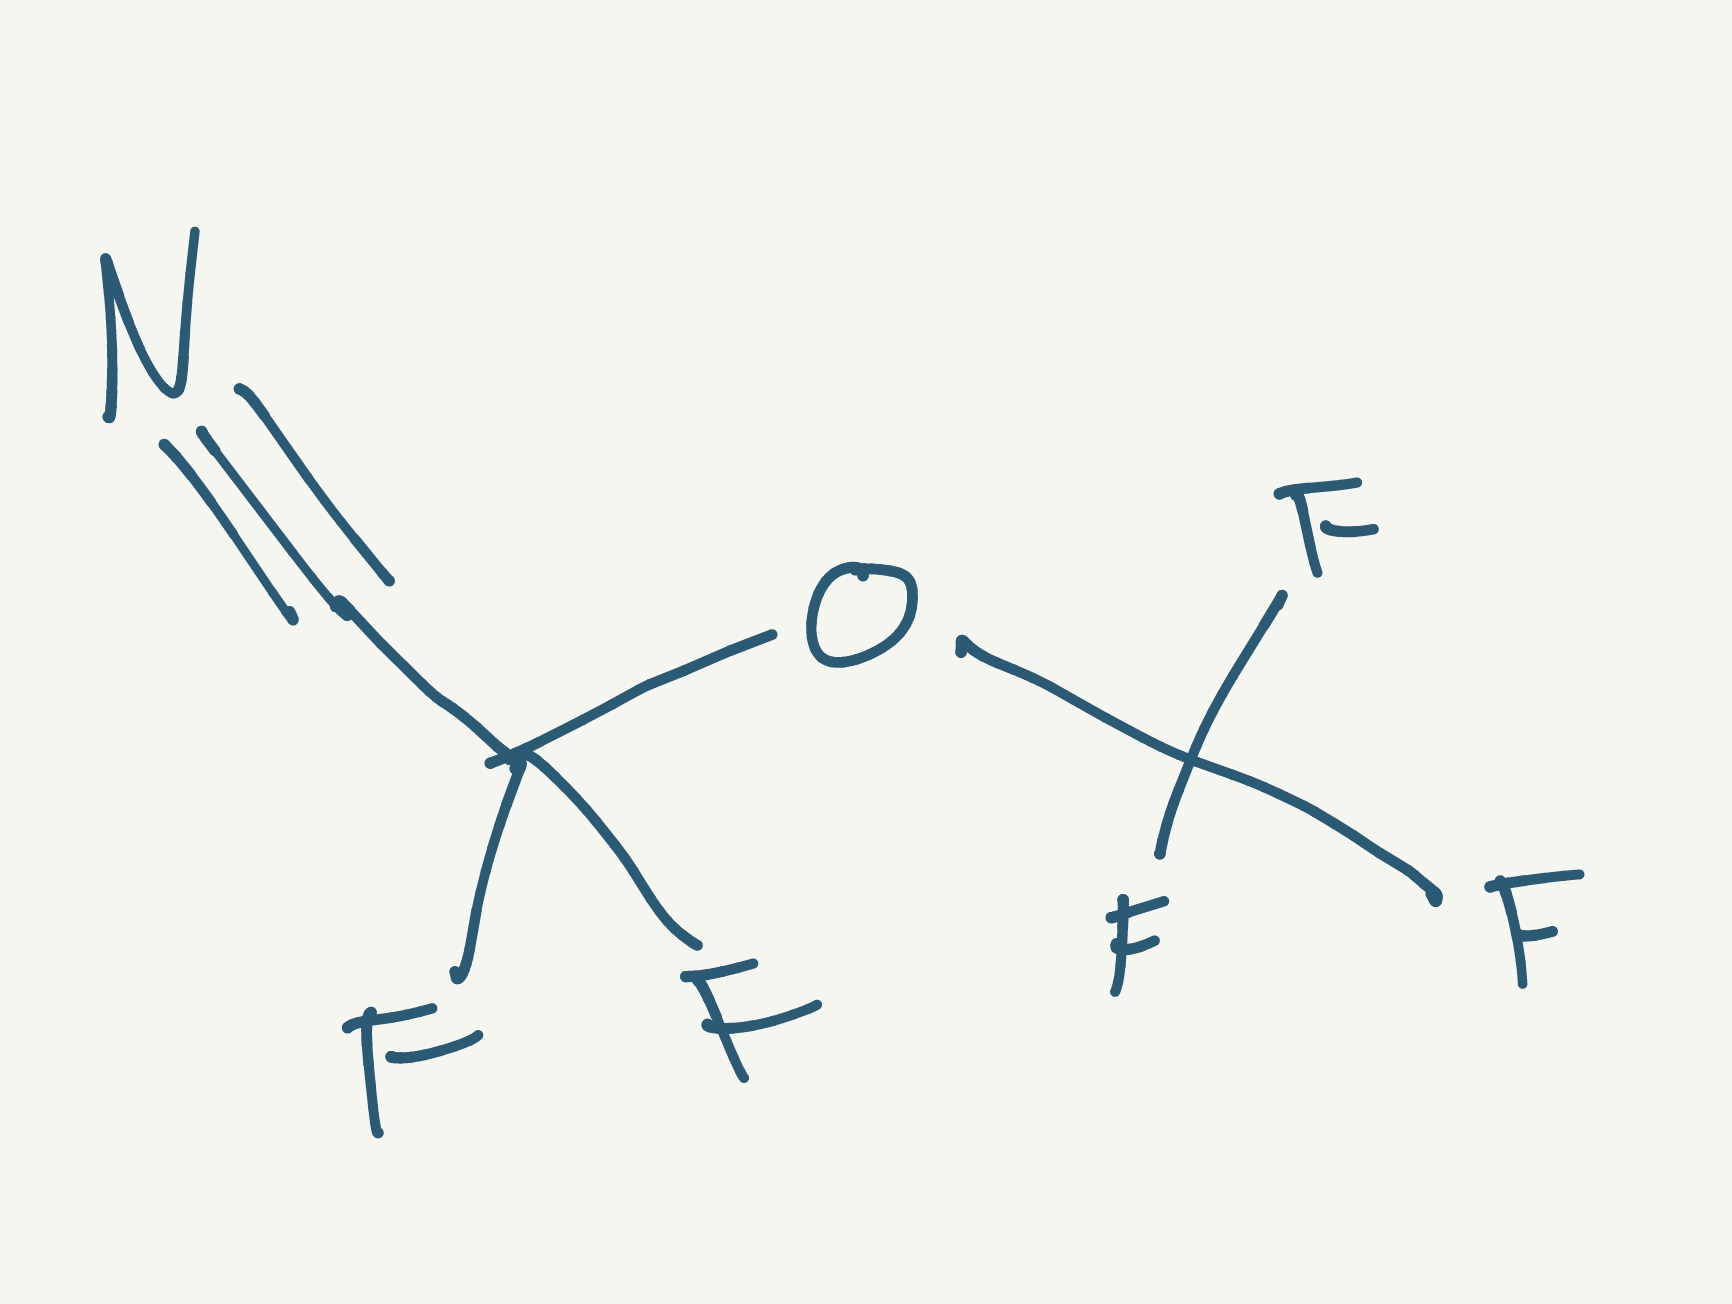
Simplified molecular-input line-entry system (SMILES) notation of the given molecule:
C(#N)C(OC(F)(F)F)(F)F